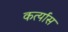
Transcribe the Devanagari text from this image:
कर्त्यास